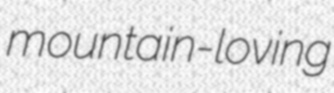
mountain-loving